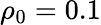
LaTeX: \rho_{0}=0.1